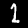
Digit: 1